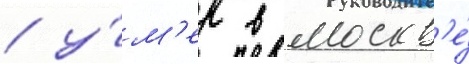
/ у́м'ер в москв'е́